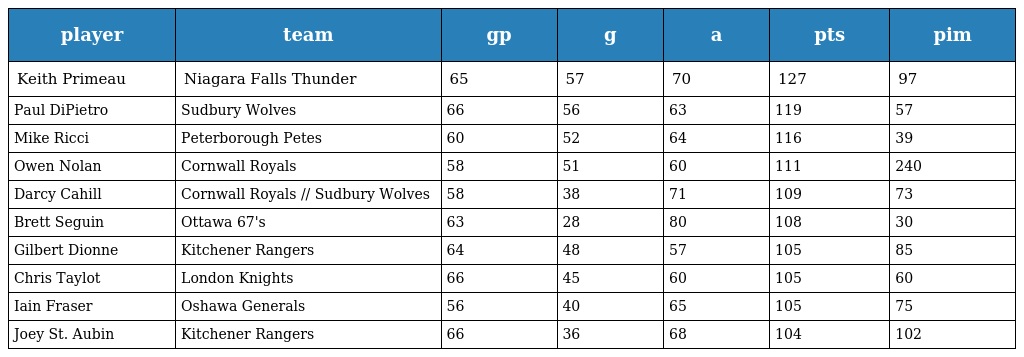
| player | team | gp | g | a | pts | pim |
 | --- | --- | --- | --- | --- | --- | --- |
 | Keith Primeau | Niagara Falls Thunder | 65 | 57 | 70 | 127 | 97 |
 | Paul DiPietro | Sudbury Wolves | 66 | 56 | 63 | 119 | 57 |
 | Mike Ricci | Peterborough Petes | 60 | 52 | 64 | 116 | 39 |
 | Owen Nolan | Cornwall Royals | 58 | 51 | 60 | 111 | 240 |
 | Darcy Cahill | Cornwall Royals // Sudbury Wolves | 58 | 38 | 71 | 109 | 73 |
 | Brett Seguin | Ottawa 67's | 63 | 28 | 80 | 108 | 30 |
 | Gilbert Dionne | Kitchener Rangers | 64 | 48 | 57 | 105 | 85 |
 | Chris Taylot | London Knights | 66 | 45 | 60 | 105 | 60 |
 | Iain Fraser | Oshawa Generals | 56 | 40 | 65 | 105 | 75 |
 | Joey St. Aubin | Kitchener Rangers | 66 | 36 | 68 | 104 | 102 |